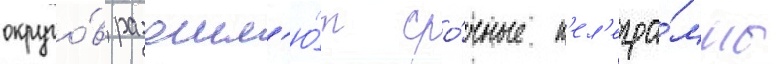
округо́в разошл'ю́т сро́чные т'ел'егра́ммы